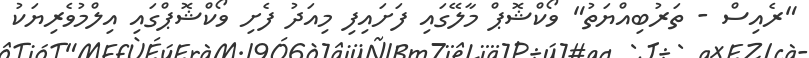
"ރެއިސް - ތަރުބިއްޔަތު" ވޯކްޝޮޕް މާލޭގައި ފަށައިފި މިއަދު ފެށި ވޯކްޝޮޕްގައި އިލްމުވެރިޔަކު